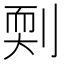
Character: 㓴